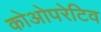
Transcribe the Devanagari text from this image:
कोओपरेटिव